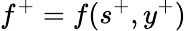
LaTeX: f^{+}=f(s^{+},y^{+})